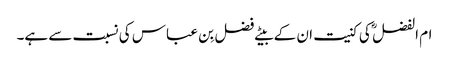
ام الفضل ؓ کی کنیت ان کے بیٹے فضل بِن عباس کی نسبت سے ہے۔